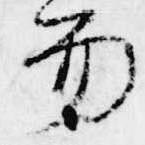
笏